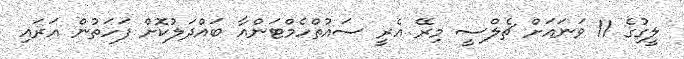
ލީގުގެ 11 ވަނައަށް ޗެލްސީ މިރޭ އެރީ ސައުތްހެމްޓަންއާ ބައްދަލުކޮށް ފަހަތުން އަރައި